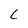
Character: C